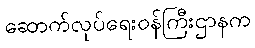
ဆောက်လုပ်ရေးဝန်ကြီးဌာနက